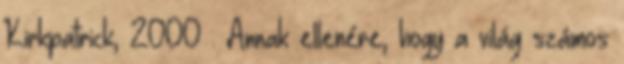
Kirkpatrick, 2000 . Annak ellenére, hogy a világ számos